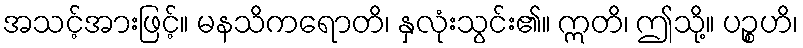
အသင့်အားဖြင့်။ မနသိကရောတိ၊ နှလုံးသွင်း၏။ ဣတိ၊ ဤသို့။ ပဉ္စဟိ၊